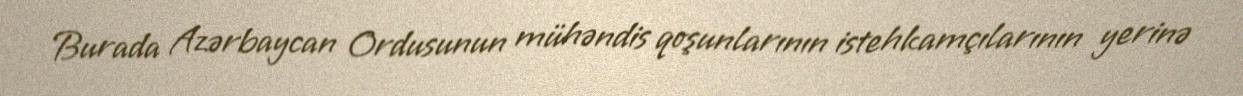
Burada Azərbaycan Ordusunun mühəndis qoşunlarının istehkamçılarının yerinə